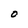
Character: O